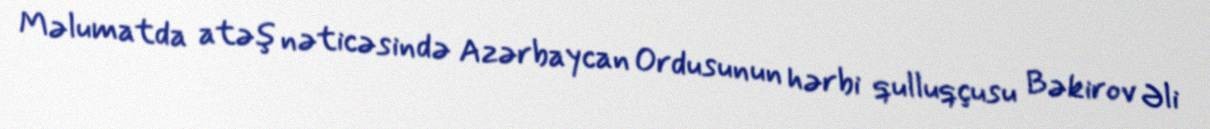
Məlumatda atəş nəticəsində Azərbaycan Ordusunun hərbi qulluqçusu Bəkirov Əli